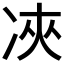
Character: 𠗉